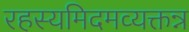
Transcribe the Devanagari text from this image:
रहस्यमिदमव्यक्तन्न